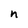
Character: n